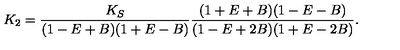
K _ { 2 } = \frac { K _ { S } } { ( 1 - E + B ) ( 1 + E - B ) } \frac { ( 1 + E + B ) ( 1 - E - B ) } { ( 1 - E + 2 B ) ( 1 + E - 2 B ) } .